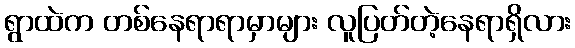
ရွာထဲက တစ်နေရာရာမှာများ လူပြတ်တဲ့နေရာရှိလား